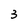
Character: 3